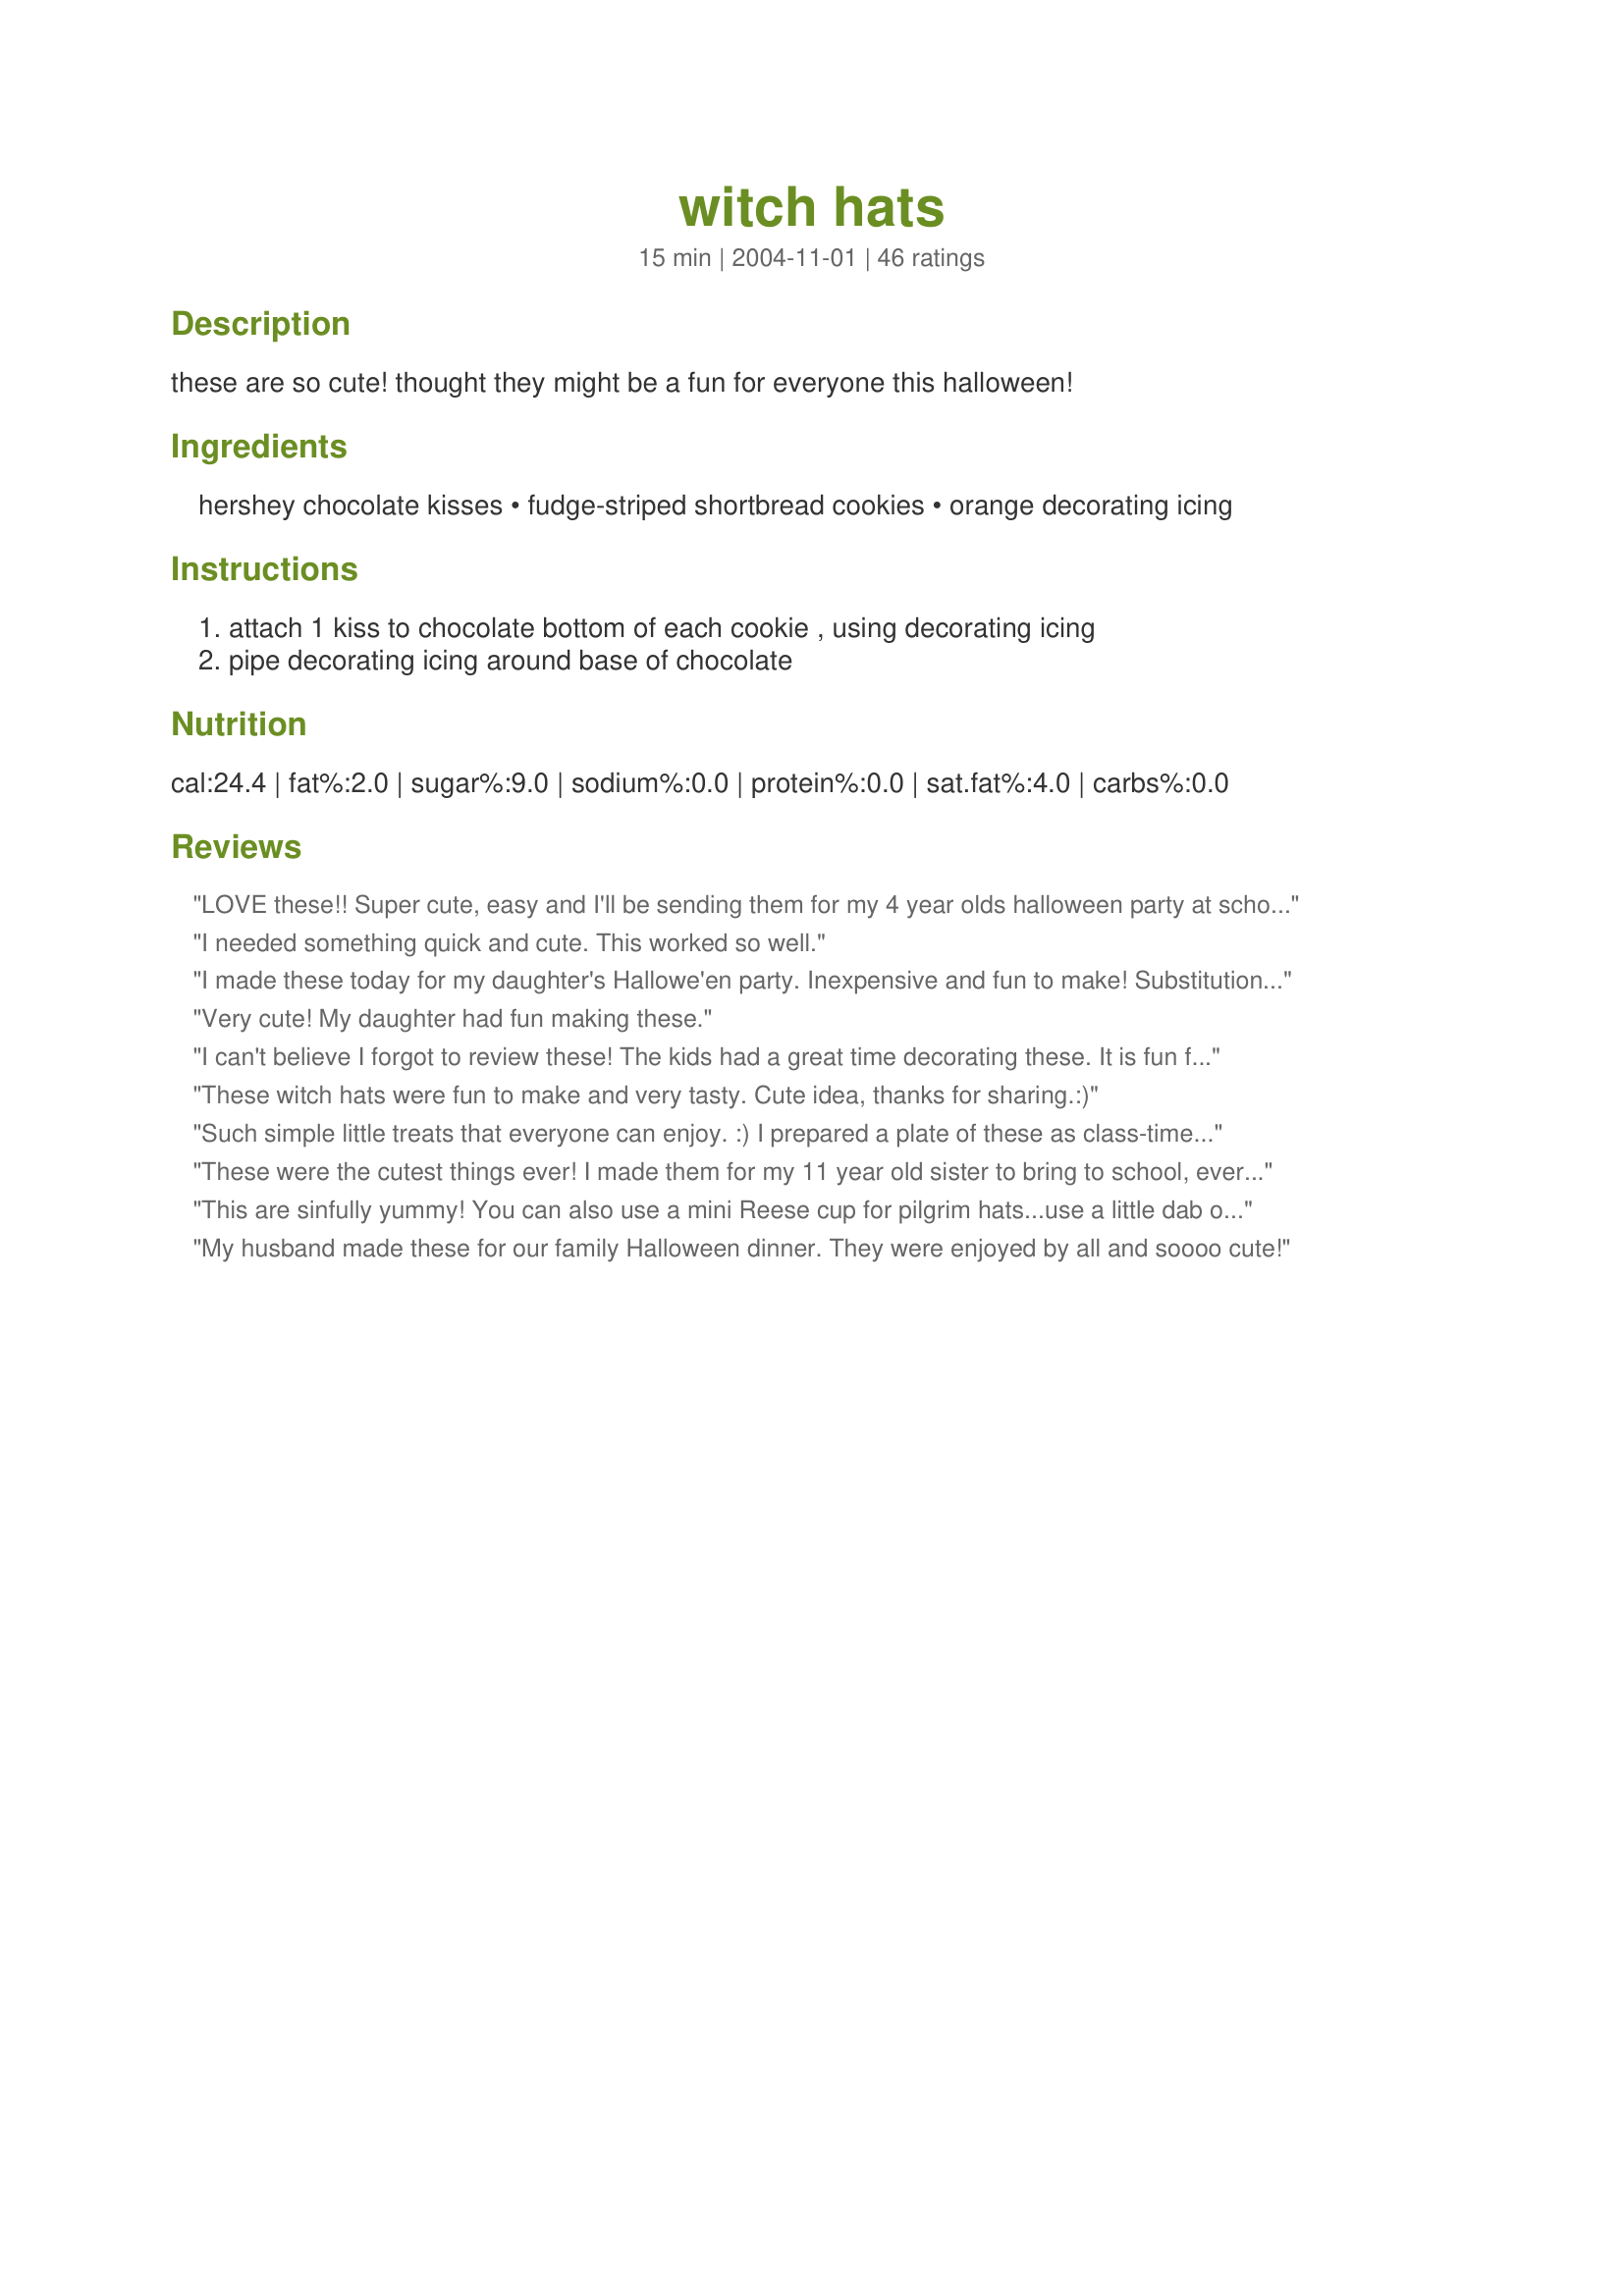
witch hats
Preparation time: 15 minutes

these are so cute! thought they might be a fun for everyone this halloween!

Ingredients:
hershey chocolate kisses, fudge-striped shortbread cookies, orange decorating icing

Steps:
attach 1 kiss to chocolate bottom of each cookie , using decorating icing, pipe decorating icing around base of chocolate

Reviews:
LOVE these!! Super cute, easy and I'll be sending them for my 4 year olds halloween party at school for $3.76!!! Very quick to make and you can have your little ones help you stick on the kisses! Will make these for many halloween gatherings to come!
I needed something quick and cute. This worked so well.
I made these today for my daughter's Hallowe'en party. Inexpensive and fun to make! Substitutions: I used round chocolate wafer cookies, Hershey Caramel kisses and buttercreme icing. I couldn't find orange food colouring (or even yellow to mix with red), so I mixed 3 separate bowls of icing (one red, one blue, one green). Glitter candy sprinkles would be a nice addition too.
Very cute! My daughter had fun making these.
I can't believe I forgot to review these! The kids had a great time decorating these. It is fun for all ages. I tried using fudge striped cookies, then decided that grasshopper cookies looked better because of the brim. Thanks for the cute idea!
These witch hats were fun to make and very tasty. Cute idea, thanks for sharing.:)
Such simple little treats that everyone can enjoy. :) I prepared a plate of these as class-time Halloween treats for my students. I loved that they were so quick and easy. I could prepare something special even on with a limited schedule.
These were the cutest things ever! I made them for my 11 year old sister to bring to school, everyone thought they were cool.
This are sinfully yummy! You can also use a mini Reese cup for pilgrim hats...use a little dab of orange or yellow icing or something to use as the buckle on the hat and icing to use as the band that goes around the hat. Kids love these!!!
My husband made these for our family Halloween dinner. They were enjoyed by all and soooo cute!
Too cute! I like to bring a fun Halloween treat to work each year and thought these would work well....easier than I thought to make them up! Can't wait to bring them to work tomorrow! (PS- saw something similar in TOH recently using thin mints, mini reese's cups upside down and a chiclet gum piece on the ring of frosting for a pilgrims cap!)
Took these to the DS's recreation group where they were enjoyed. I couldn't get hershey kisses or similar so used the peaks of tolberone chocolate and mini cart wheels for the biscuits. Thank you elliebelle.
I made these for my nephews and their friends last Halloween and I forgot to review. They turned out absolutely adorable. I used a purple frosting in a tube. Really cute recipe!!!
Made this for my 4 year old son's library story time Halloween party and again the next day for his pre-k party and they were a huge hit! The kids loved them even more then the fancy cupcakes baked by another Mom. I love them because they are easy and my son can help me by putting the kisses on every cookie. Thanks!
I made this last year and children loved them!! Thank you for sharing!
These saved the day sooo easy cheep and cute! I tried to make witches fingures! Wow so complicated to get the size right then dough tasted bad??? Followed directions but no go spent 3 hours on those sooo aweful! What to do? Ran to store and got stuff for these. 5 minutes is all it took and they are so cool. Made these for our boyscout halloween party! Thanks for posting you saved the day! Will make forever
This is my kind of treat - 3 ingredients, and wow results. These were a big hit at the neighborhood party. Photo to come altho not quite as gorgeous as some of the other ones already on here. Thanks for our annual Halloween treat!
Halloween Oreo cookies with the orange filling would be adorable to use in this recipe.


Great recipe! Easy, fast and look so darn cute! I will make these again, they were adorable on my halloween cookie trays. Thank you for sharing this with us.
Super easy and quite fun! I found this recipe on the Betty Crocker site and decided to make it for a Halloween party. Luckily, the cookies went on sale today! Only problem is that they do not stack on a serving plate so can be space-eaters.
Quick and easy, tasty and very cute! I used Keebler Fudge Shop peanut Butter Chocolate cookies with red icing - looked great!
My 11 year old & her friend had a ball makiing these! Such a cute idea! Thanks for sharing!
So fun and so cute. I couldn't get kisses here so I ended up getting a couple of boxes of "Golden Buds". They aren't quite right so I will try and get out of town to try and find some kisses. The store here was also out of orange icing (and I didn't feel like making my own...) so I ended up with purple. I kind of like the look of the purple now though. :) Thank you for posting this cute idea!
Super easy and so cute! My preschooler and her BFF "co-hosted" their first Halloween costume party. We invited all their classmates and had 22 kids and their parents show up for the fun. I got lots of compliments on these and they were the easiest of all the treats I made! Thanks for posting this elliebelle! :D
These looked cute at my 2 year old daughter's class party. Doesn't get any easier, either! I think I may use purple icing next time. The only thing I noticed was they got stale very quickly. I haven't noticed those cookies getting stale that quickly before. Thanks for the fun idea, elliebelle!
i made these for pre school. easy and the kids loved them
Quick, Easy, tastes Great. Very clever idea for a fast last minute Halloween treat.
I love making these for Halloween parties! I usually add a fun bow at the base of the Hershey kiss with piped icing.
I saw this recipe in a magazine a couple weeks ago and made them for my daughters Halloween themed birthday party. They turned out so cute and they really do look like witches hats.
This as SO easy and SO fun, and helped with a last minute party food, love it.
This was fun to do! I added orange extract to the icing. Love the flavor combo of orange and chocolate!!!! Thanks for sharing the idea.
good food:)
A very cute and fun recipe. I took these to work and arranged on a round tray with the witch hats on the perimeter and Recipe#39945 in the middle. It made for a very cute presentation. I got lots of compliments on them.
These were a HUGE hit at the 2 Halloween parties I attended this past weekend. They turned out so cute and they really culdn't be any easier. Very tasty, too. I might try them with the black and orange oreos next time to shake things up a bit!
I forgot to rate this- These were so cute! The kids loved them! :) Thanks for the cute idea!
Fun, fast, easy with simple ingredients. Love it. Thank you.
Great quick recipe that the kids loved at our Halloween party! A good conversation piece too, Thanks elliebelle
These were great! They were so cute. My favorite part was that I was on a time crunch and they took literally no time to put together. It probably took me more time to peel the wrappers off the kisses!!! Thanks for posting this wonderful recipe!
I found the recipe on the Betty Crocker website. I made these for a Halloween party last year. It was a huge hit. I prefer the orange frosting. It adds to the look and feel of Halloween. Thanks for sharing.
10 stars for being delicious, FAST, simple, and inexpensive! I got the cookies and the orange icing at Aldi's (believe it or not). My son took them to his preschool today for dessert and all the kids went crazy over them. . .and when we got home my son asked if we could make more. Great recipe that I will continue to make, year after year!
These are so easy and such a hit! We made these for my son's Halloween-Themed birthday party. They were great!
These are awesome! I made about 30 of them and took them to a Halloween party I went to. A bunch of people came up to me telling me how cute they were and a few people even took pictures of them! The great thing about these is they are very simple to make but they really are a neat Halloween treat. Thanks so much for posting this, I'm definitely making them again next year.
Made these for both my office and husbands...everyone loved them. They were easy to make and I would definitely make them again. Thanks for such a cute, fun recipe!
Great idea!! Super easy!! Fun to make and a delight to share!! Thanks for the post.
I too found this recipe on the Betty Crocker website and made them last year! They are so easy and so cute! Everyone will think that you spent so much time making these adorable cookies, until they pick them up and realize how simple they are... plus not to mention, very tasty! I'll definately be making them again for Halloween this year.
How darn cute!!! So fast and easy!
